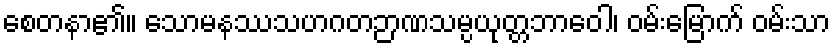
စေတနာ၏။ သောမနဿသဟဂတဉာဏသမ္ပယုတ္တဘာဝေါ၊ ဝမ်းမြောက် ဝမ်းသာ